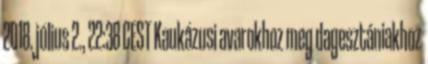
2018. július 2., 22:38 CEST Kaukázusi avarokhoz meg dagesztániakhoz